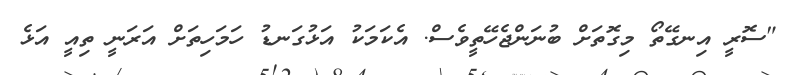
"ސޮރީ އިނގޭތޯ މިގޮތަށް ބުނަންޖެހޭތީވެސް. އެކަމަކު އަޅުގަނޑު ހަމަހިތަށް އަރަނީ ތިއީ އަޅެ